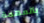
بالمهمة